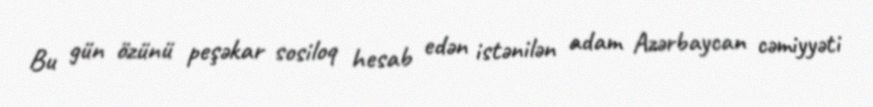
Bu gün özünü peşəkar sosiloq hesab edən istənilən adam Azərbaycan cəmiyyəti